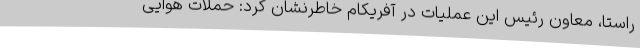
راستا، معاون رئیس این عملیات در آفریکام خاطرنشان کرد: حملات هوایی